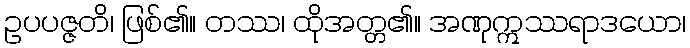
ဥပပဇ္ဇတိ၊ ဖြစ်၏။ တဿ၊ ထိုအတ္တ၏။ အဏုဣဿရာဒယော၊